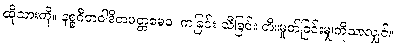
ထိုသားကို။ နစ္စဂီတဝါဒိတမတ္တမေဝ၊ ကခြင်း သီခြင်း တီးမှုတ်ခြင်းမျှကိုသာလျှင်။